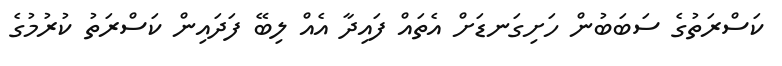
ކަސްރަތުގެ ސަބަބުން ހަށިގަނޑަށް އެތައް ފައިދާ އެއް ލިބޭ ފަދައިން ކަސްރަތު ކުރުމުގެ